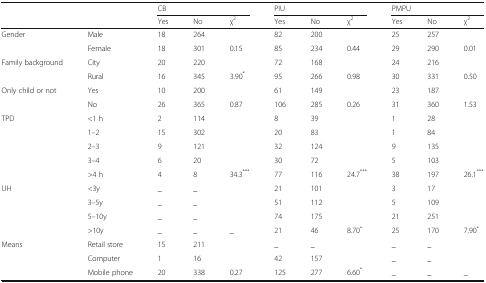
<table><thead><tr><td rowspan="2" colspan="2"></td><td colspan="3"><b>CB</b></td><td colspan="3"><b>PIU</b></td><td colspan="3"><b>PMPU</b></td></tr><tr><td><b>Yes</b></td><td><b>No</b></td><td><b>χ<sup>2</sup></b></td><td><b>Yes</b></td><td><b>No</b></td><td><b>χ<sup>2</sup></b></td><td><b>Yes</b></td><td><b>No</b></td><td><b>χ<sup>2</sup></b></td></tr></thead><tbody><tr><td rowspan="2">Gender</td><td>Male</td><td>18</td><td>264</td><td></td><td>82</td><td>200</td><td></td><td>25</td><td>257</td><td></td></tr><tr><td>Female</td><td>18</td><td>301</td><td>0.15</td><td>85</td><td>234</td><td>0.44</td><td>29</td><td>290</td><td>0.01</td></tr><tr><td rowspan="2">Family background</td><td>City</td><td>20</td><td>220</td><td></td><td>72</td><td>168</td><td></td><td>24</td><td>216</td><td></td></tr><tr><td>Rural</td><td>16</td><td>345</td><td>3.90<sup>*</sup></td><td>95</td><td>266</td><td>0.98</td><td>30</td><td>331</td><td>0.50</td></tr><tr><td rowspan="2">Only child or not</td><td>Yes</td><td>10</td><td>200</td><td></td><td>61</td><td>149</td><td></td><td>23</td><td>187</td><td></td></tr><tr><td>No</td><td>26</td><td>365</td><td>0.87</td><td>106</td><td>285</td><td>0.26</td><td>31</td><td>360</td><td>1.53</td></tr><tr><td rowspan="5">TPD</td><td>&lt;1 h</td><td>2</td><td>114</td><td></td><td>8</td><td>39</td><td></td><td>1</td><td>28</td><td></td></tr><tr><td>1–2</td><td>15</td><td>302</td><td></td><td>20</td><td>83</td><td></td><td>1</td><td>84</td><td></td></tr><tr><td>2–3</td><td>9</td><td>121</td><td></td><td>32</td><td>124</td><td></td><td>9</td><td>135</td><td></td></tr><tr><td>3–4</td><td>6</td><td>20</td><td></td><td>30</td><td>72</td><td></td><td>5</td><td>103</td><td></td></tr><tr><td>&gt;4 h</td><td>4</td><td>8</td><td>34.3<sup>***</sup></td><td>77</td><td>116</td><td>24.7<sup>***</sup></td><td>38</td><td>197</td><td>26.1<sup>***</sup></td></tr><tr><td rowspan="4">UH</td><td>&lt;3y</td><td>_</td><td>_</td><td></td><td>21</td><td>101</td><td></td><td>3</td><td>17</td><td></td></tr><tr><td>3–5y</td><td>_</td><td>_</td><td></td><td>51</td><td>112</td><td></td><td>5</td><td>109</td><td></td></tr><tr><td>5–10y</td><td>_</td><td>_</td><td></td><td>74</td><td>175</td><td></td><td>21</td><td>251</td><td></td></tr><tr><td>&gt;10y</td><td>_</td><td>_</td><td>_</td><td>21</td><td>46</td><td>8.70<sup>*</sup></td><td>25</td><td>170</td><td>7.90<sup>*</sup></td></tr><tr><td rowspan="3">Means</td><td>Retail store</td><td>15</td><td>211</td><td></td><td>_</td><td>_</td><td></td><td>_</td><td>_</td><td></td></tr><tr><td>Computer</td><td>1</td><td>16</td><td></td><td>42</td><td>157</td><td></td><td>_</td><td>_</td><td></td></tr><tr><td>Mobile phone</td><td>20</td><td>338</td><td>0.27</td><td>125</td><td>277</td><td>6.60<sup>*</sup></td><td>_</td><td>_</td><td>_</td></tr></tbody></table>